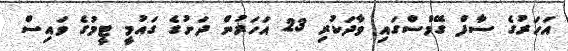
އަހަރުގެ ސާފް ގޭމްސްގައި ވާދަކުރި 23 އަހަރުން ދަށުގެ ގައުމީ ޓީމުގެ ވައިސް